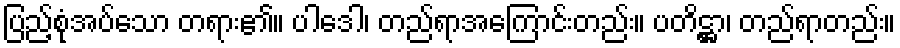
ပြည့်စုံအပ်သော တရား၏။ ပါဒေါ၊ တည်ရာအကြောင်းတည်း။ ပတိဋ္ဌာ၊ တည်ရာတည်း။